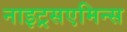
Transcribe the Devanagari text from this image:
नाइट्रसएमिन्स